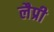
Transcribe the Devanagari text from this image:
लैप्री